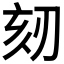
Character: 𠜨